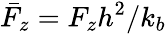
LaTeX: \bar{F}_{z}=F_{z}h^{2}/k_{b}